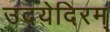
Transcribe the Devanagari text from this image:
उदयेदिरम्